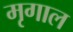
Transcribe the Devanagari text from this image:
मृगाल